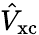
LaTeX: \hat{V}_{\mathrm{xc}}